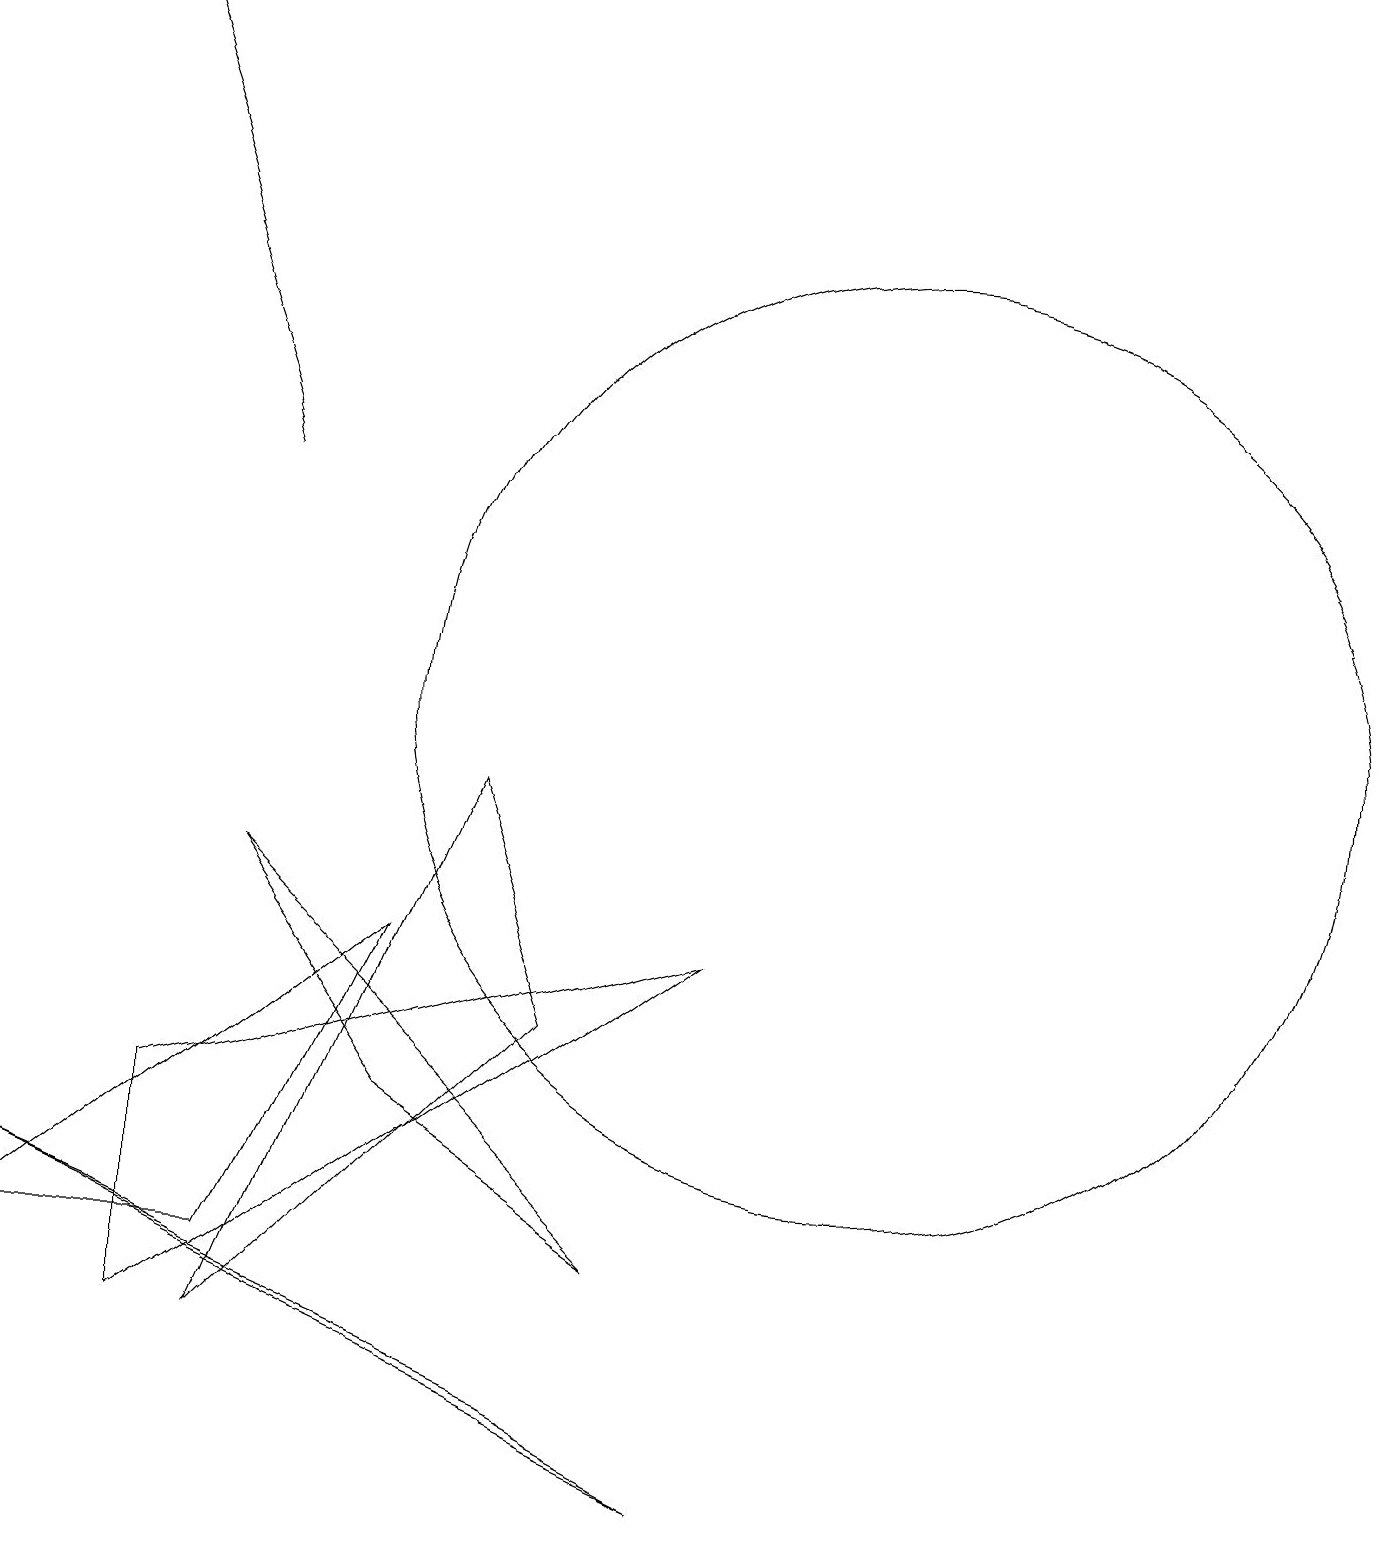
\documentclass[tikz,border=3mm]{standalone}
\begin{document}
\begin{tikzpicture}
\draw (7,1) -- (0,4) -- (9,0) -- cycle;
\draw[->] (3,13) -- (1,19);
\draw (3,8) -- (8,3) -- (5,5) -- cycle;
\draw (6,9) -- (3,2) -- (7,6) -- cycle;
\draw (3,3) -- (0,3) -- (5,7) -- cycle;
\draw (11,10) circle (6);
\draw (9,7) -- (2,2) -- (2,5) -- cycle;
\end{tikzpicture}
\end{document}